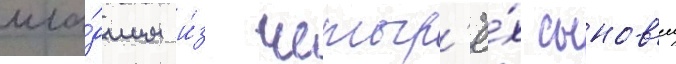
мла́дшим и́з четыр'ё́х сынов'еи